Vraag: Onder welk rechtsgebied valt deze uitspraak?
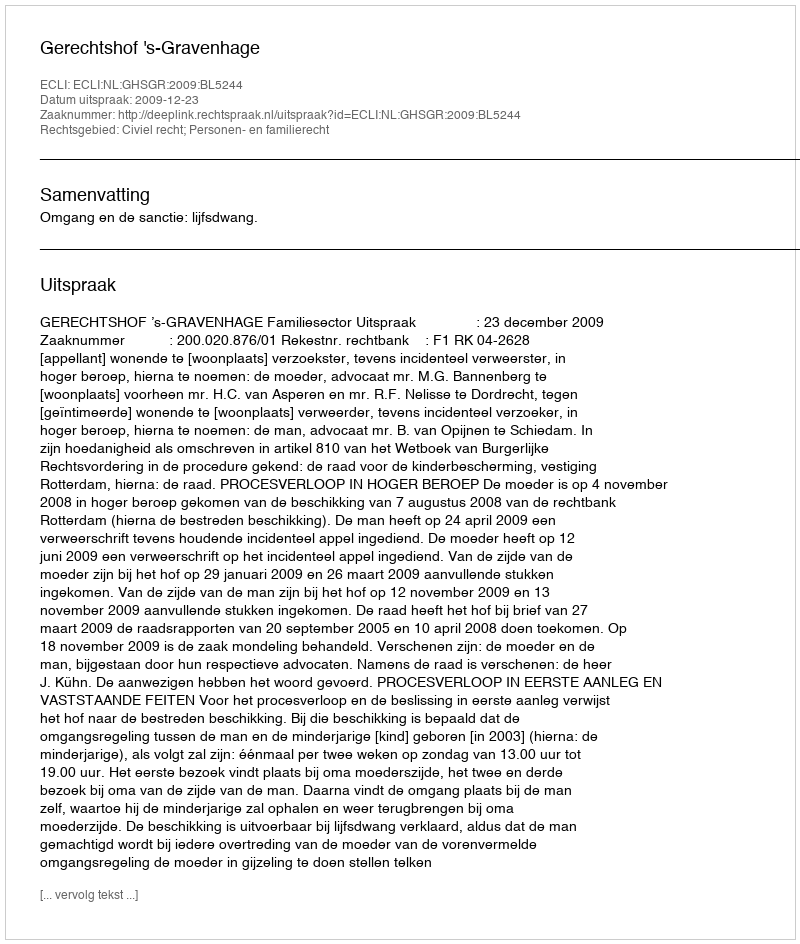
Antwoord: Civiel recht; Personen- en familierecht